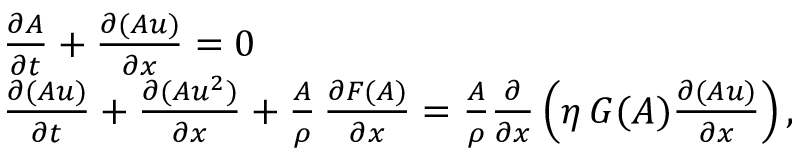
\begin{array} { r l } & { \frac { \partial A } { \partial t } + \frac { \partial ( A u ) } { \partial x } = 0 } \\ & { \frac { \partial ( A u ) } { \partial t } + \frac { \partial ( A u ^ { 2 } ) } { \partial x } + \frac { A } { \rho } \, \frac { \partial F ( A ) } { \partial x } = \frac { A } { \rho } \frac { \partial } { \partial x } \left( \eta \, G ( A ) \frac { \partial ( A u ) } { \partial x } \right) , } \end{array}